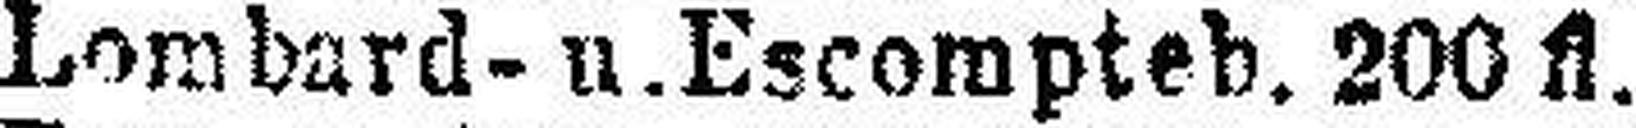
„ Lombard- u. Escompteb. 200 fl.